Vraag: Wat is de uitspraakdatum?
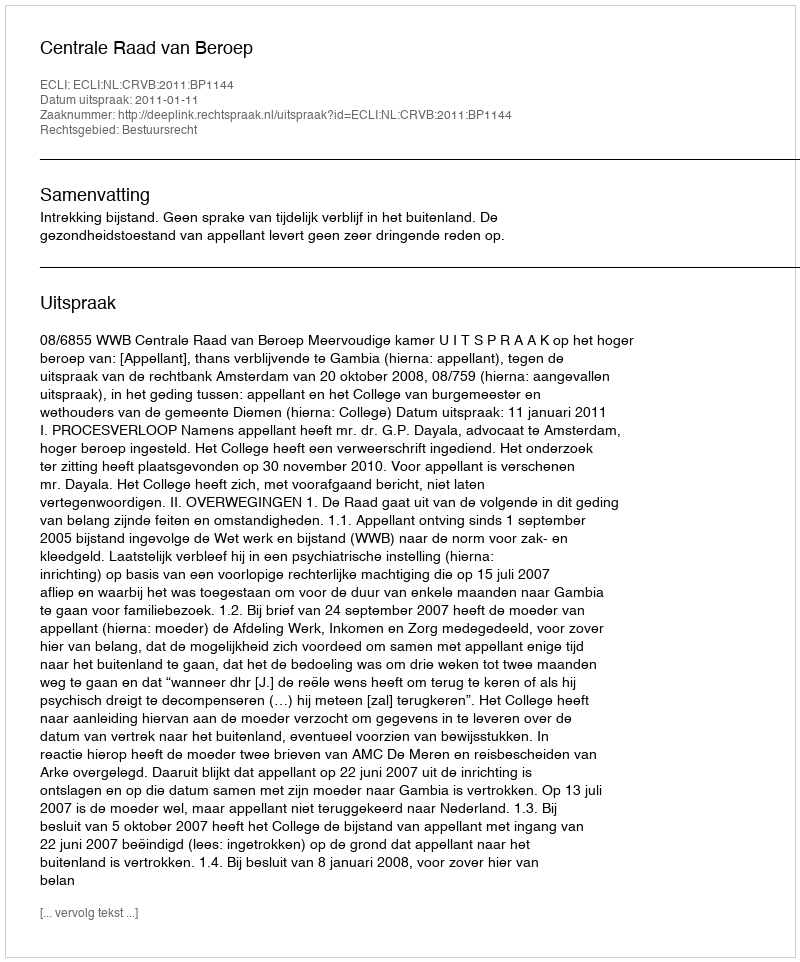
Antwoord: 2011-01-11